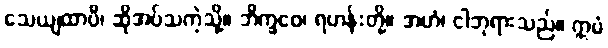
သေယျထာပိ၊ ဆိုအပ်သကဲ့သို့။ ဘိက္ခဝေ၊ ရဟန်းတို့။ အဟံ၊ ငါဘုရားသည်။ ဣမံ